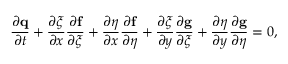
\frac { \partial \mathbf { q } } { \partial t } + \frac { \partial \xi } { \partial x } \frac { \partial \mathbf { f } } { \partial \xi } + \frac { \partial \eta } { \partial x } \frac { \partial \mathbf { f } } { \partial \eta } + \frac { \partial \xi } { \partial y } \frac { \partial \mathbf { g } } { \partial \xi } + \frac { \partial \eta } { \partial y } \frac { \partial \mathbf { g } } { \partial \eta } = 0 ,